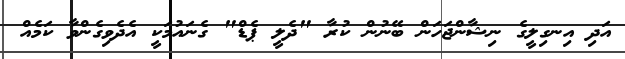
އަދި އިނގިލީގެ ނިޝާންޖަހަން ބޭނުން ކުރާ "ދެލީ ޕެޑް" ގެނައުމަކީ އެދެވިގެންވާ ކަމެއް